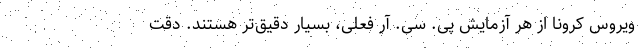
ویروس کرونا از هر آزمایش پی. سی. آر فعلی، بسیار دقیق‌تر هستند. دقت